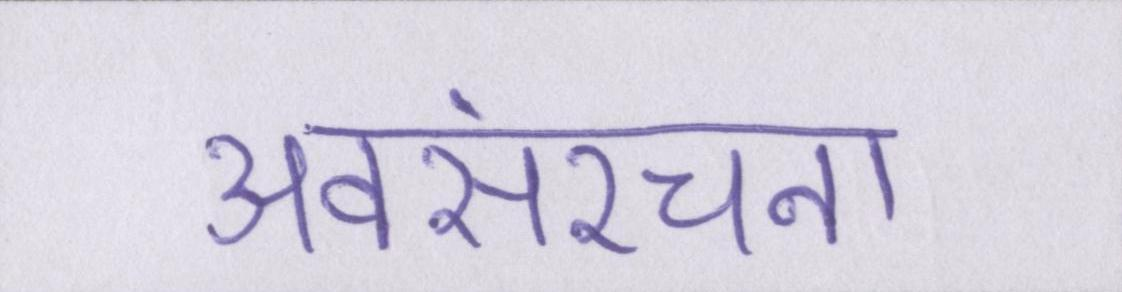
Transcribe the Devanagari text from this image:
अवसंरचना